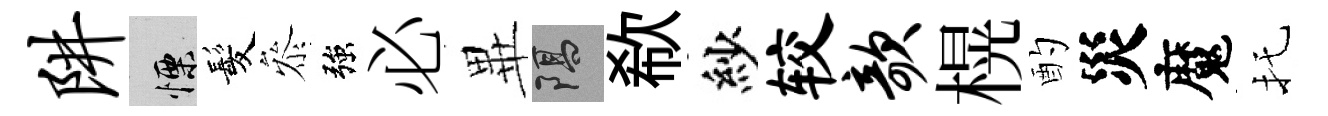
阱慄髪叅強必𭺾隔欷紗较欹榥酌災魔托